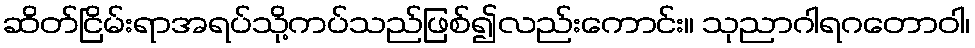
ဆိတ်ငြိမ်းရာအရပ်သို့ကပ်သည်ဖြစ်၍လည်းကောင်း။ သုညာဂါရဂတောဝါ၊